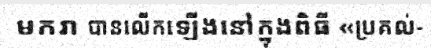
មករា បានលើកឡើងនៅក្នុងពិធី «ប្រគល់-